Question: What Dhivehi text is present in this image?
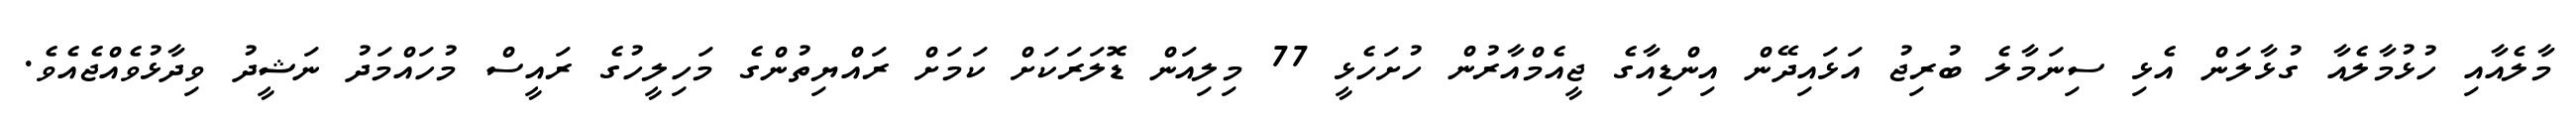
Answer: މާލެއާއި ހުޅުމާލެއާ ގުޅާލަން އެޅި ސިނަމާލެ ބުރިޖު އަޅައިދޭން އިންޑިއާގެ ޖީއެމްއާރުން ހުށަހެޅީ 77 މިލިއަން ޑޮލަރަކަށް ކަމަށް ރައްޔިތުންގެ މަހިލީހުގެ ރައީސް މުހައްމަދު ނަޝީދު ވިދާޅުވެއްޖެއެވެ.